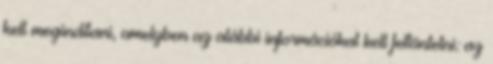
kell megindítani, amelyben az alábbi információkat kell feltüntetni: az